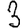
Digit: 3